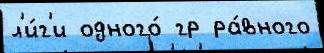
л'и́г'и одного́ гр ра́вного